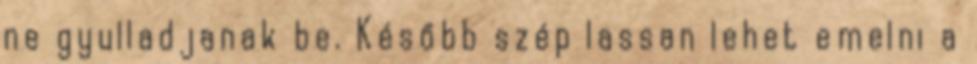
ne gyulladjanak be. Később szép lassan lehet emelni a